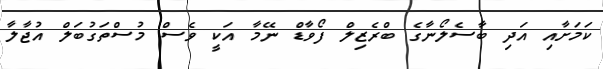
ކަމަށާއި އަދި ބާސެލޯނާގެ ބްރެޒިލް ފޯވާޑް ނޭމާ އަކީ ވެސް މުސްތަގުބަލް އުޖާލާ